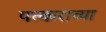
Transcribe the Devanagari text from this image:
पत्कराव्या